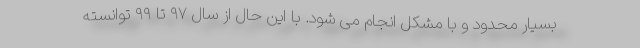
بسیار محدود و با مشکل انجام می شود. با این حال از سال ۹۷ تا ۹۹ توانسته